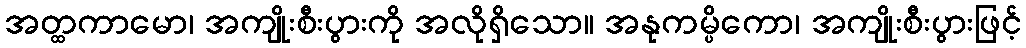
အတ္ထကာမော၊ အကျိုးစီးပွားကို အလိုရှိသော။ အနုကမ္ပိကော၊ အကျိုးစီးပွားဖြင့်